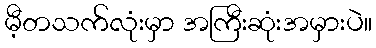
မီ့တသက်လုံးမှာ အကြီးဆုံးအမှားပဲ။